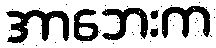
အာဘေးက